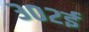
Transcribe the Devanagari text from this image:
३०२ई